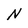
Character: N